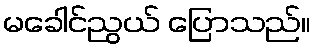
မခေါင်ညွယ် ပြောသည်။